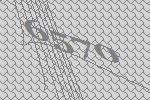
6570